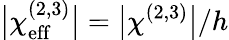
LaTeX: \big|\chi_{\mathrm{eff}}^{(2,3)}\big|=\big|\chi^{(2,3)}\big|/h